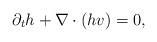
LaTeX: \begin{align*}\partial_{t}h +\nabla\cdot \left(h v\right)=0,\end{align*}